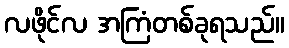
လဖိုင်လ အကြံတစ်ခုရသည်။